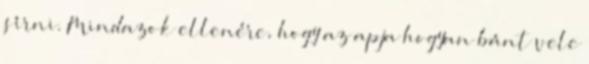
sírni. Mindazok ellenére, hogy az apja hogyan bánt vele